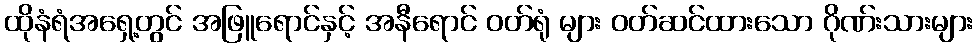
ထိုနံရံအရှေ့တွင် အဖြူရောင်နှင့် အနီရောင် ဝတ်ရုံ များ ဝတ်ဆင်ထားသော ဂိုဏ်းသားများ